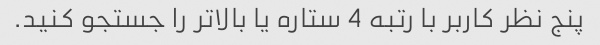
پنج نظر کاربر با رتبه 4 ستاره یا بالاتر را جستجو کنید.